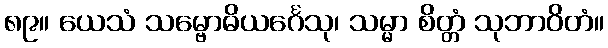
၈၉။ ယေသံ သမ္ဗောဓိယင်္ဂေသု၊ သမ္မာ စိတ္တံ သုဘာဝိတံ။